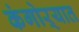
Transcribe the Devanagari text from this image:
कंगोऱ्यात